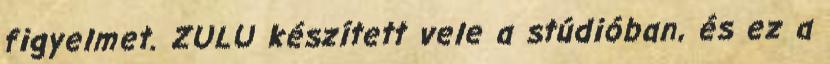
figyelmet. ZULU készített vele a stúdióban, és ez a